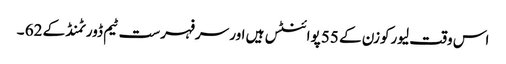
اس وقت لیورکوزن کے 55 پوائنٹس ہیں اور سرفہرست ٹیم ڈورٹمنڈ کے 62 ۔